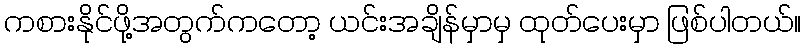
ကစားနိုင်ဖို့အတွက်ကတော့ ယင်းအချိန်မှာမှ ထုတ်ပေးမှာ ဖြစ်ပါတယ်။